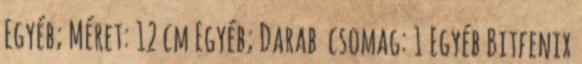
Egyéb; Méret: 12 cm Egyéb; Darab csomag: 1 Egyéb Bitfenix